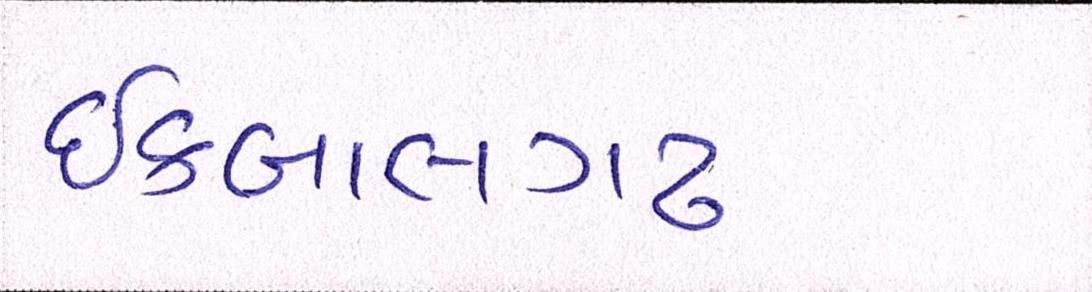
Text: ઇકબાલગઢ